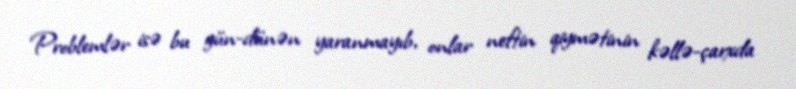
Problemlər isə bu gün-dünən yaranmayıb, onlar neftin qiymətinin kəllə-çarxda